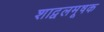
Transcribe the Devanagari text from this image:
शाद्वलमूषक